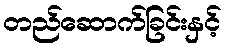
တည်ဆောက်ခြင်းနှင့်